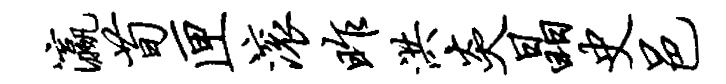
瀛荀匣滚昨洪炎晶史邑